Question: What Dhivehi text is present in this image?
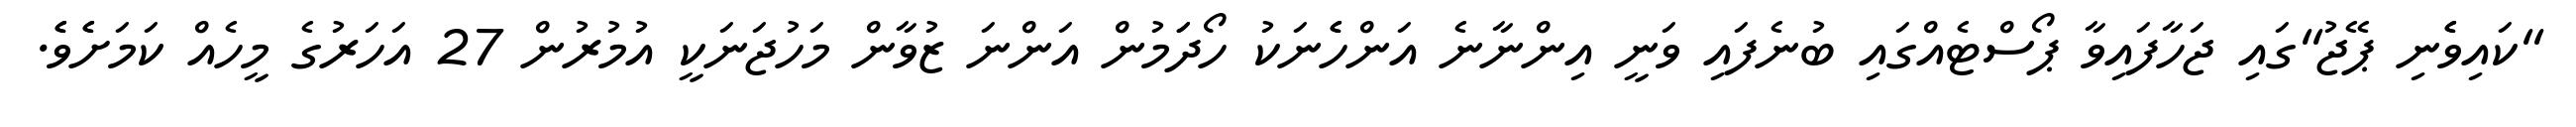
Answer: "ކައިވެެނި ޕޭޖު"ގައި ޖަހާފައިވާ ޕޯސްޓެއްގައި ބުނެފައި ވަނީ އިންނާނެ އަންހެެނަކު ހޯދަަމުން އަންނަ ޒުވާން މަހުޖަނަކީ އުމުރުން 27 އަހަރުގެ މީހެއް ކަމަށެެވެެ.